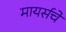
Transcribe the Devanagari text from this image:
मायर्सचे